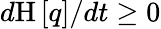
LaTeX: d\mathrm{H}\left[{q}\right]/dt\geq 0